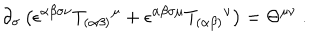
\partial _ { \sigma } \left( \epsilon ^ { \alpha \beta \sigma \nu } T _ { ( \alpha \beta ) } { } ^ { \mu } + \epsilon ^ { \alpha \beta \sigma \mu } T _ { ( \alpha \beta ) } { } ^ { \nu } \right) = \Theta ^ { \mu \nu } \ .